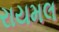
રાયમલ